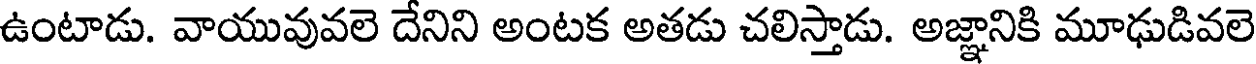
ఉంటాడు. వాయువువలె దేనిని అంటక అతడు చలిస్తాడు. అజ్ఞానికి మూఢుడివలె